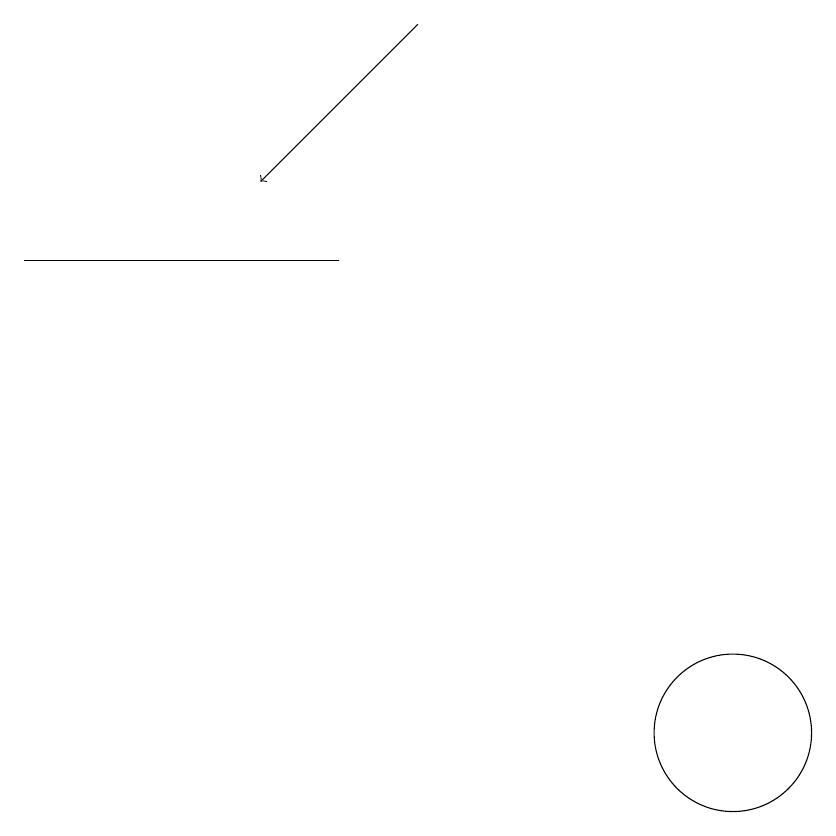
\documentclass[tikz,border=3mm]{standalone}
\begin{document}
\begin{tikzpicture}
\draw (11,10) circle (1);
\draw (2,16) rectangle (6,16);
\draw (10,12) circle (0);
\draw[->] (7,19) -- (5,17);
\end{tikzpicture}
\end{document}